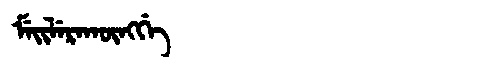
Manchu: ᠮᡝᡳᠯᡝᡵᠠᡴᡡᠩᡤᡝ
Romanization: MEILERAKŪNGGE